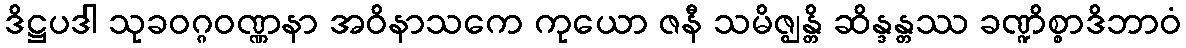
ဒိဋ္ဌပဒါ သုခဝဂ္ဂဝဏ္ဏနာ အဝိနာသကေ ကုယော ဇနီ သမိဇ္ဈန္တိ ဆိန္ဒန္တဿ ခဏ္ဍိစ္စာဒိဘာဝံ